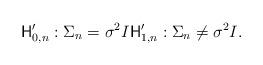
LaTeX: \begin{align*} \mathsf{H}'_{0,n}: \Sigma_n=\sigma^2 I \mathsf{H}'_{1,n}: \Sigma_n\neq \sigma^2 I . \end{align*}